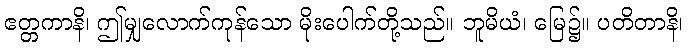
ဧတ္တကာနိ၊ ဤမျှလောက်ကုန်သော မိုးပေါက်တို့သည်။ ဘူမိယံ၊ မြေ၌။ ပတိတာနိ၊